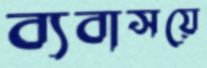
ব্যবাসয়ে